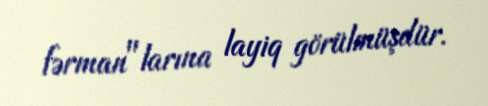
fərman"larına layiq görülmüşdür.